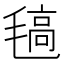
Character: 𣯖